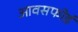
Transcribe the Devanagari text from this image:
आवसफोर्ड